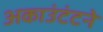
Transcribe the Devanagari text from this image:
अकाउंटंटने